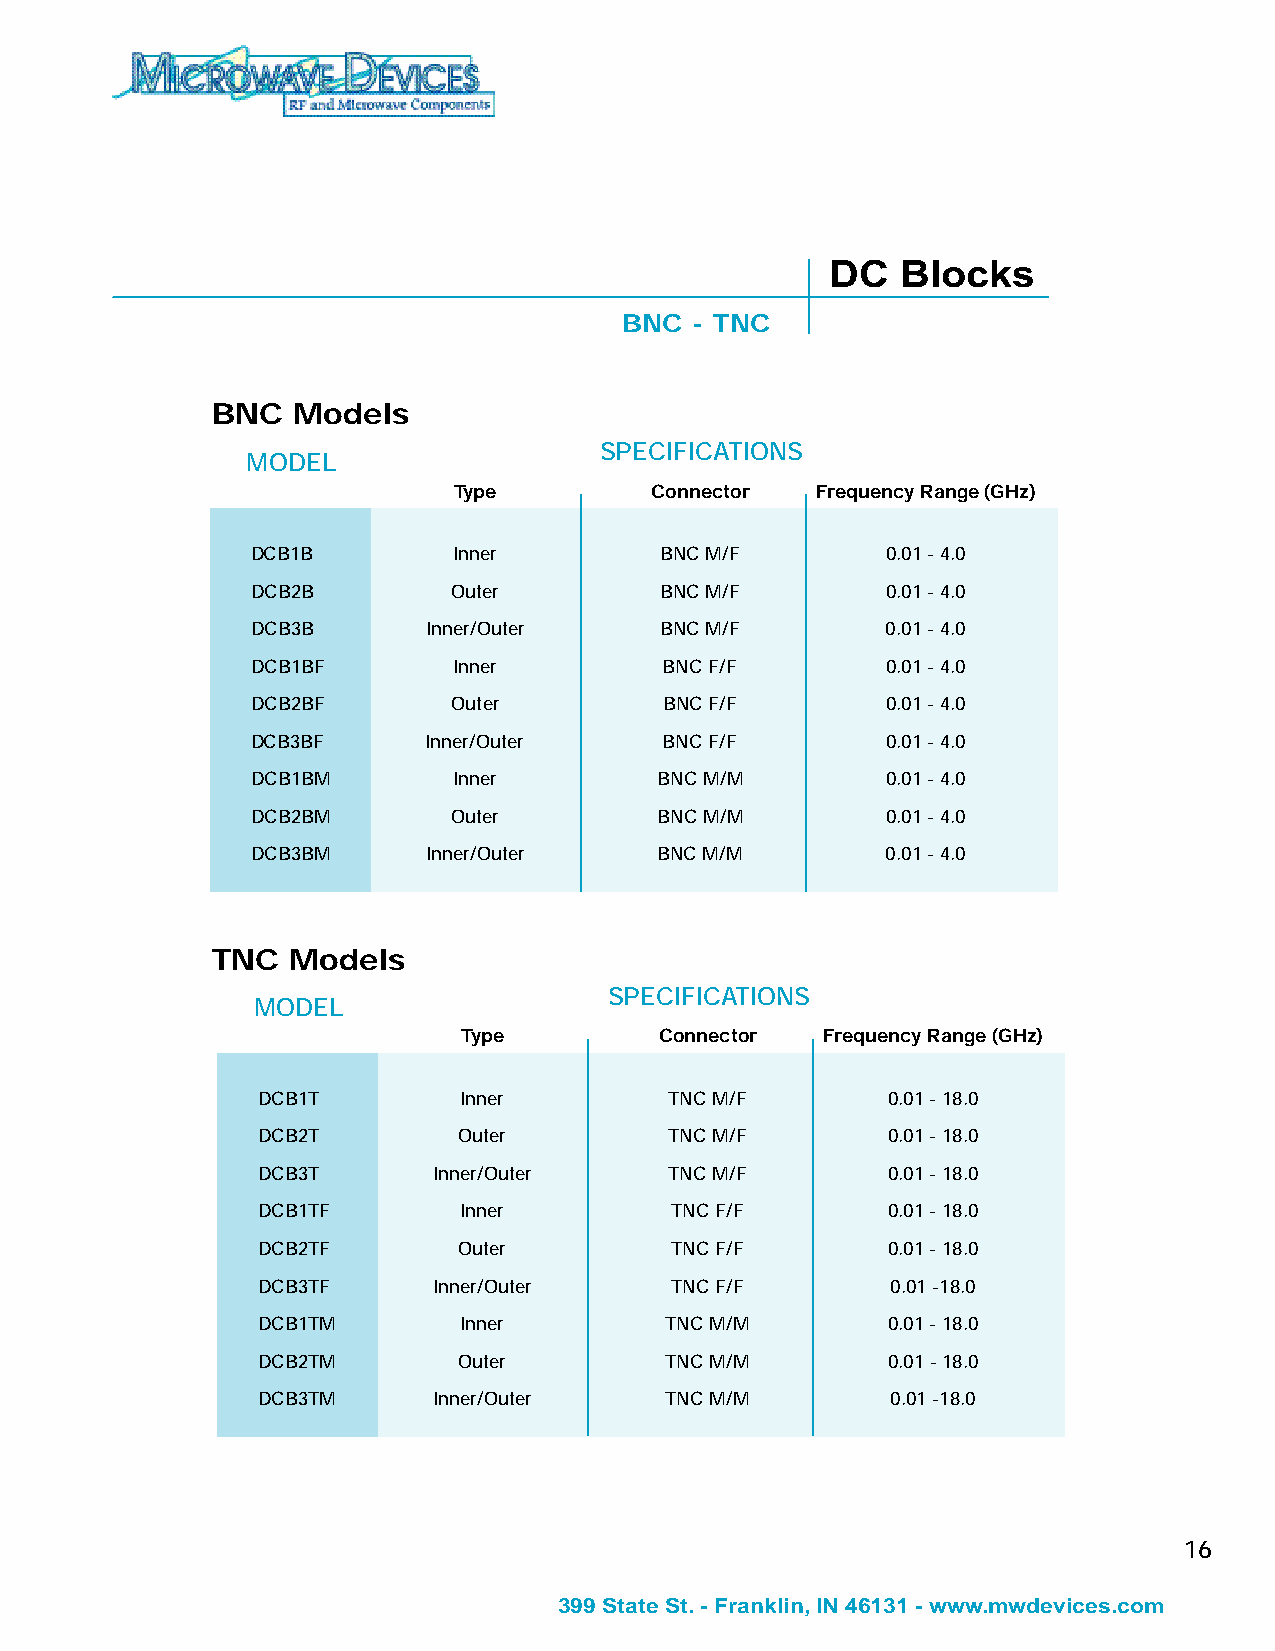
DC   Blocks
 BNC  - TNC
 BNC  Models
 SPECIFICATIONS
 MODEL
 Type         Connector  Frequency Range (GHz)
 DCB1B        Inner         BNC M/F        0.01 - 4.0
 DCB2B        Outer         BNC M/F        0.01 - 4.0
 DCB3B      Inner/Outer     BNC M/F        0.01 - 4.0
 DCB1BF       Inner         BNC F/F        0.01 - 4.0
 DCB2BF       Outer         BNC F/F        0.01 - 4.0
 DCB3BF     Inner/Outer     BNC F/F        0.01 - 4.0
 DCB1BM       Inner         BNC M/M        0.01 - 4.0
 DCB2BM       Outer         BNC M/M        0.01 - 4.0
 DCB3BM     Inner/Outer     BNC M/M        0.01 - 4.0
 TNC  Models
 SPECIFICATIONS
 MODEL
 Type         Connector  Frequency Range (GHz)
 DCB1T         Inner        TNC M/F        0.01 - 18.0
 DCB2T        Outer         TNC M/F        0.01 - 18.0
 DCB3T       Inner/Outer    TNC M/F        0.01 - 18.0
 DCB1TF        Inner        TNC F/F        0.01 - 18.0
 DCB2TF       Outer         TNC F/F        0.01 - 18.0
 DCB3TF      Inner/Outer    TNC F/F        0.01 -18.0
 DCB1TM        Inner        TNC M/M        0.01 - 18.0
 DCB2TM       Outer         TNC M/M        0.01 - 18.0
 DCB3TM      Inner/Outer    TNC M/M        0.01 -18.0
 16
 399 State St. - Franklin, IN 46131 - www.mwdevices.com